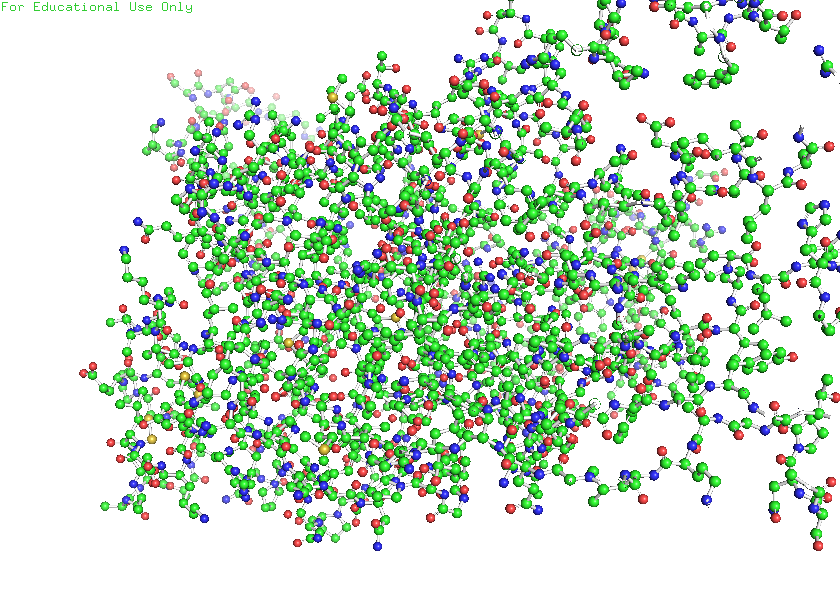
pymol, preset, ball_and_stick